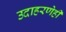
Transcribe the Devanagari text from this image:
उदाहरणेही